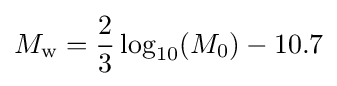
M_{\mathrm {w} }={\frac {2}{3}}\log _{10}(M_{0})-10.7